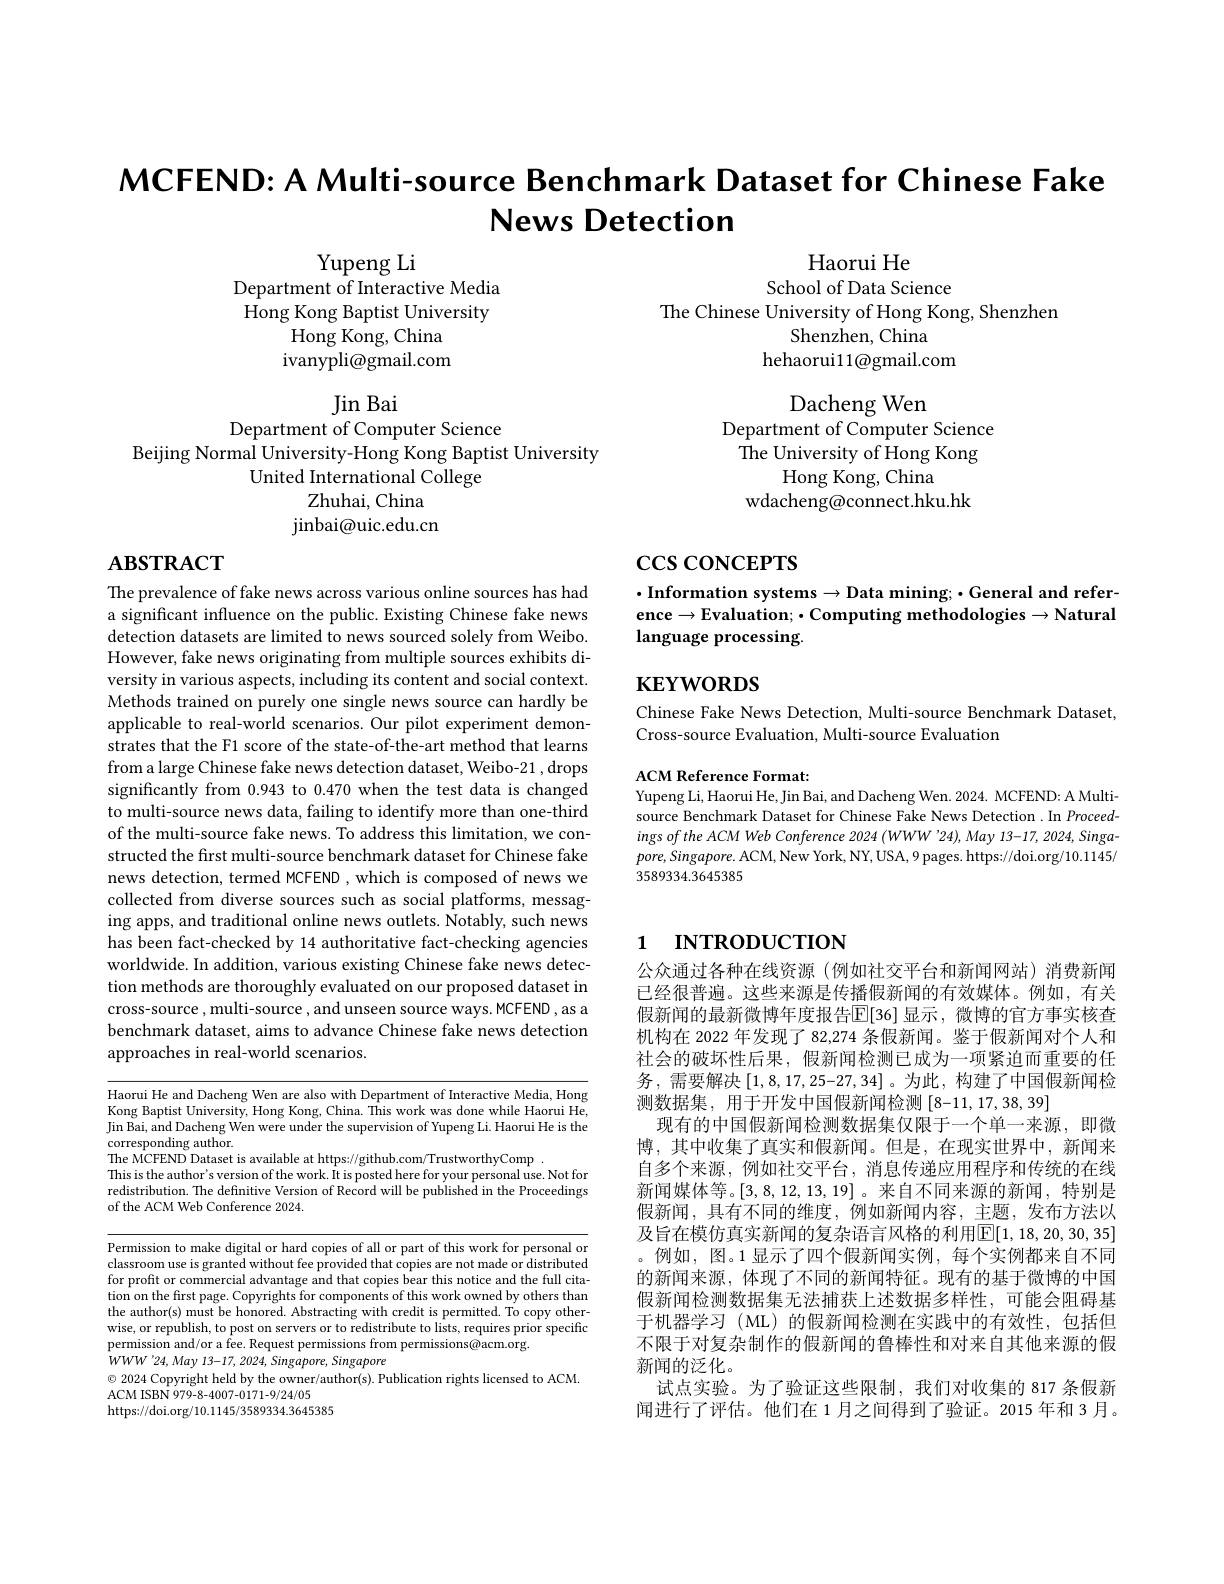
MCFEND: A Multi-source Benchmark Dataset for Chinese Fake
News Detection

Yupeng Li
Department of Interactive Media Hong Kong Baptist University
Hong Kong, China ${\mathrm{ivanypli@gmail.com}}$

Haorui He
School of Data Science
The Chinese University of Hong Kong, Shenzhen
Shenzhen, China
hehaorui11@gmail.com

Jin Bai

Dacheng Wen
Department of Computer Science The University of Hong Kong
Hong Kong, China
wdacheng@connect.hku.hk

Department of Computer Science
Beijing Normal University-Hong Kong Baptist University
United International College
Zhuhai, China jinbai@ uic. edu. cn

# $\mathbf{ABSTRACT}$

# $\csc\csc$coNCEPTS

$\cdot$Information systems$\to$Data mining;$\bullet$General and reference$\to$Evaluation; $\bullet$ Computing methodologies$\to$Natural language processing.

# $\mathbf{KEYWORDS}$

Chinese Fake News Detection, Multi-source Benchmark Dataset,
Cross-source Evaluation, Multi-source Evaluation

The prevalence of fake news across various online sources has had a significant influence on the public. Existing Chinese fake news detection datasets are limited to news sourced solely from Weibo. However, fake news originating from multiple sources exhibits diversity in various aspects, including its content and social context. Methods trained on purely one single news source can hardly be applicable to real-world scenarios. Our pilot experiment demonstrates that the F1 score of the state-of-the-art method that learns from a large Chinese fake news detection dataset, Weibo-21 , drops significantly from 0.943 to 0.470 when the test data is changed to multi-source news data, failing to identify more than one-third of the multi-source fake news. To address this limitation, we constructed the first multi-source benchmark dataset for Chinese fake news detection, termed MCFEND , which is composed of news we collected from diverse sources such as social platforms, messaging apps, and traditional online news outlets. Notably, such news has been fact-checked by 14 authoritative fact-checking agencies worldwide. In addition, various existing Chinese fake news detection methods are thoroughly evaluated on our proposed dataset in cross-source , multi-source , and unseen source ways. MCFEND , as a benchmark dataset, aims to advance Chinese fake news detection approaches in real-world scenarios.

ACM Reference Format:
Yupeng Li, Haorui He, Jin Bai, and Dacheng Wen. 2024. MCFEND: A Multisource Benchmark Dataset for Chinese Fake News Detection .In Proceedings of the ACM Web Conference 2024 (WWW '24), May 13-17, 2024, Singa $pore,Singapore.$ ACM, New York, NY, USA, 9 pages. https:// doi.org/10.1145/ 3589334.3645385

# 1 INTRODUCTION

Haorui He and Dacheng Wen are also with Department of Interactive Media, Hong Kong Baptist University, Hong Kong, China. This work was done while Haorui He, $\begin{array}{c}\mathrm{Jin~Bai,~and~Dacheng~Wen~were~under~the~supervision~of~Yupeng~Li.~Haorui~He~is~the}\end{array}$ corresponding author.
The MCFEND Dataset is available at https://github.com/TrustworthyComp
This is the author's version of the work. It is posted here for your personal use. Not for redistribution. The definitive Version of Record will be published in the Proceedings of the ACM Web Conference 2024.

公众通过各种在线资源 (例如社交平台和新闻网站)消费新闻已经很普遍。这些来源是传播假新闻的有效媒体。例如，有关假新闻的最新微博年度报告$\mathbb{E}[36]$ 显示，微博的官方事实核查机构在 2022 年发现了 82,274 条假新闻。鉴于假新闻对个人和社会的破坏性后果，假新闻检测已成为一项紧迫而重要的任务，需要解决[1,8,17,25-27,34]。为此，构建了中国假新闻检测数据集，用于开发中国假新闻检测 [8-11,17,38,39]
现有的中国假新闻检测数据集仅限于一个单一来源，即微博，其中收集了真实和假新闻。但是，在现实世界中，新闻来自多个来源，例如社交平台，消息传递应用程序和传统的在线新闻媒体等。[3,8,12,13,19] 。来自不同来源的新闻，特别是假新闻，具有不同的维度，例如新闻内容，主题，发布方法以及旨在模仿真实新闻的复杂语言风格的利用$\mathbb{E}[1,18,20,30,35]$ 。例如，图。1 显示了四个假新闻实例，每个实例都来自不同的新闻来源，体现了不同的新闻特征。现有的基于微博的中国假新闻检测数据集无法捕获上述数据多样性，可能会阻碍基于机器学习 (ML) 的假新闻检测在实践中的有效性，包括但不限于对复杂制作的假新闻的鲁棒性和对来自其他来源的假新闻的泛化。
试点实验。为了验证这些限制，我们对收集的 817 条假新闻进行了评估。他们在 1月之间得到了验证。2015 年和 3 月。

Permission to make digital or hard copies of all or part of this work for personal or classroom use is granted without fee provided that copies are not made or distributed for profit or commercial advantage and that copies bear this notice and the full citation on the first page. Copyrights for components of this work owned by others than the author(s) must be honored. Abstracting with credit is permitted. To copy othere $a$ ranbich to motish to motis to rordictributo to listr roanirac rior onoiffo wise, or republish, to post on servers or to redistribute to lists, requires prior specific permission and/or a fee. Request permissions from permissions@acm.org.
$WWW^{\prime}24,May$ 13-17, 2024, Singapore, Singapore
$\odot$ 2024 Copyright held by the owner/author(s). Publication rights licensed to ACM.
ACM ISBN 979-8-4007-0171-9/24/05
https://doi.org/10.1145/3589334.3645385